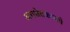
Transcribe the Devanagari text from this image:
अधश्चेतकामधे